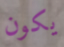
يكون